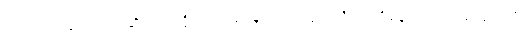
အတင်းအဖျင်းနဲ့ စပ်ဆိုင်တဲ့ ပုဂ္ဂိုလ်ပေါ်မှာ မူလက ကြည်ညိုရင်း ရှိနေပေမယ့် အကြည်ညို